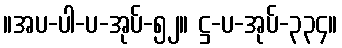
။အပ-ပါ-ပ-အုပ်-၅၂။ ဋ္ဌ-ပ-အုပ်-၃၃၄။